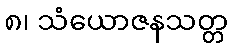
၈၊ သံယောဇနသတ္တ